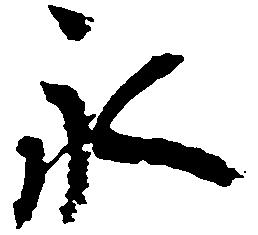
永